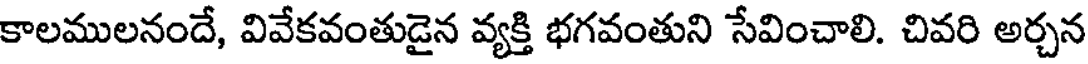
కాలములనందే, వివేకవంతుడైన వ్యక్తి భగవంతుని సేవించాలి. చివరి అర్చన